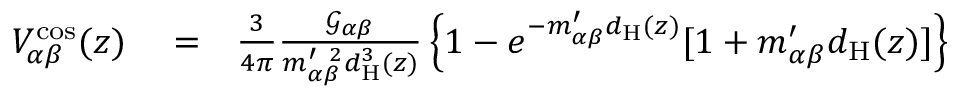
\begin{array} { r l r } { V _ { \alpha \beta } ^ { \mathrm { c o s } } ( z ) } & { { } = } & { \frac { 3 } { 4 \pi } \frac { \mathcal { G } _ { \alpha \beta } } { m _ { \alpha \beta } ^ { \prime ~ 2 } d _ { \mathrm { H } } ^ { 3 } ( z ) } \left\{ 1 - e ^ { - m _ { \alpha \beta } ^ { \prime } d _ { \mathrm { H } } ( z ) } [ 1 + m _ { \alpha \beta } ^ { \prime } d _ { \mathrm { H } } ( z ) ] \right\} } \end{array}